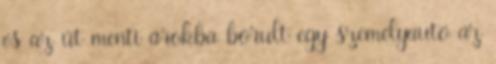
és az út menti árokba borult egy személyautó az